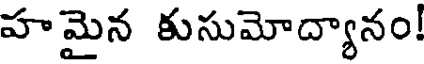
హమైన కుసుమోద్యానం!